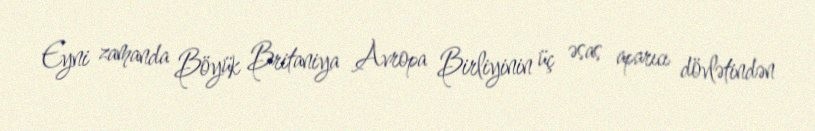
Eyni zamanda Böyük Britaniya Avropa Birliyinin üç əsas aparıcı dövlətindən